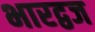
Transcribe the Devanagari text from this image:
भारद्वज